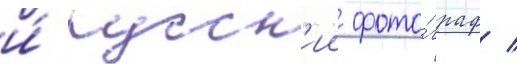
и́ русск'ии фото́граф /